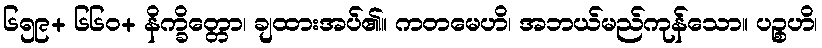
၆၅၉+ ၆၆၀+ နိက္ခိတ္တော၊ ချထားအပ်၏။ ကတမေဟိ၊ အဘယ်မည်ကုန်သော။ ပဉ္စဟိ၊